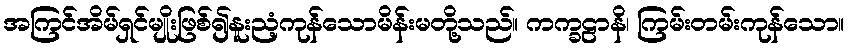
အကြင်အိမ်ရှင်မျိုးဖြစ်၍နူးညံ့ကုန်သောမိန်းမတို့သည်။ ကက္ခဠာနိ၊ ကြမ်းတမ်းကုန်သော။